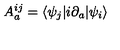
A _ { a } ^ { i j } = \langle \psi _ { j } | i \partial _ { a } | \psi _ { i } \rangle